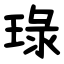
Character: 琭